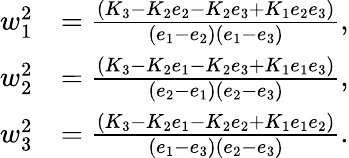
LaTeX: \begin{array}{rl}{w_{1}^{2}}&{=\frac{(K_{3}-K_{2}e_{2}-K_{2}e_{3}+K_{1}e_{2}e_{3})}{(e_{1}-e_{2})(e_{1}-e_{3})},}\\ {w_{2}^{2}}&{=\frac{(K_{3}-K_{2}e_{1}-K_{2}e_{3}+K_{1}e_{1}e_{3})}{(e_{2}-e_{1})(e_{2}-e_{3})},}\\ {w_{3}^{2}}&{=\frac{(K_{3}-K_{2}e_{1}-K_{2}e_{2}+K_{1}e_{1}e_{2})}{(e_{1}-e_{3})(e_{2}-e_{3})}.}\end{array}